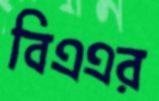
বিএএর